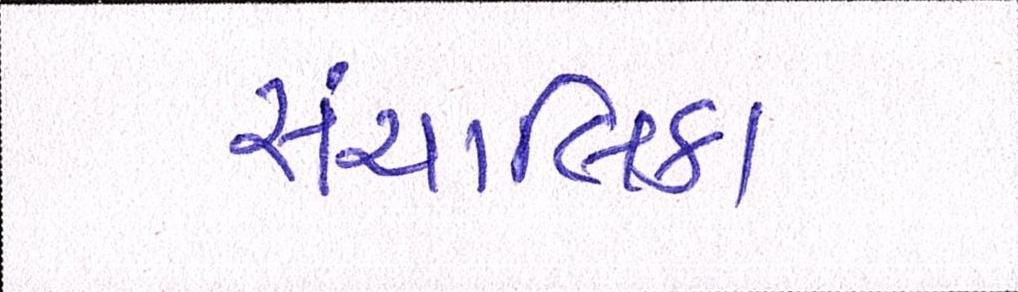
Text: સંચાલિકા